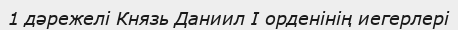
1 дәрежелі Князь Даниил I орденінің иегерлері